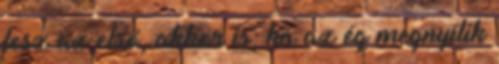
lesz az első, akkor is, ha az ég megnyílik